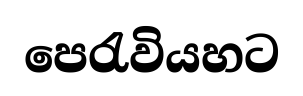
පෙරැවියහට